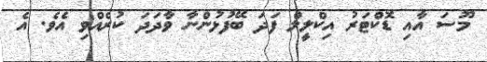
މޫސަ އާއި ޑޮކްޓަރު އިކްލީލް ފަދަ ބޭފުޅުންނާ ވާދަދަ ކުރެއްވި އެވެ. އެ